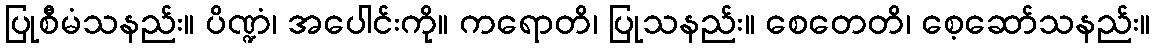
ပြုစီမံသနည်း။ ပိဏ္ဍံ၊ အပေါင်းကို။ ကရောတိ၊ ပြုသနည်း။ စေတေတိ၊ စေ့ဆော်သနည်း။